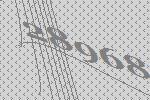
28968